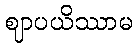
ဈာပယိဿာမ